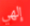
إلهي